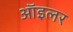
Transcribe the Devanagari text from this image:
ऑइलर